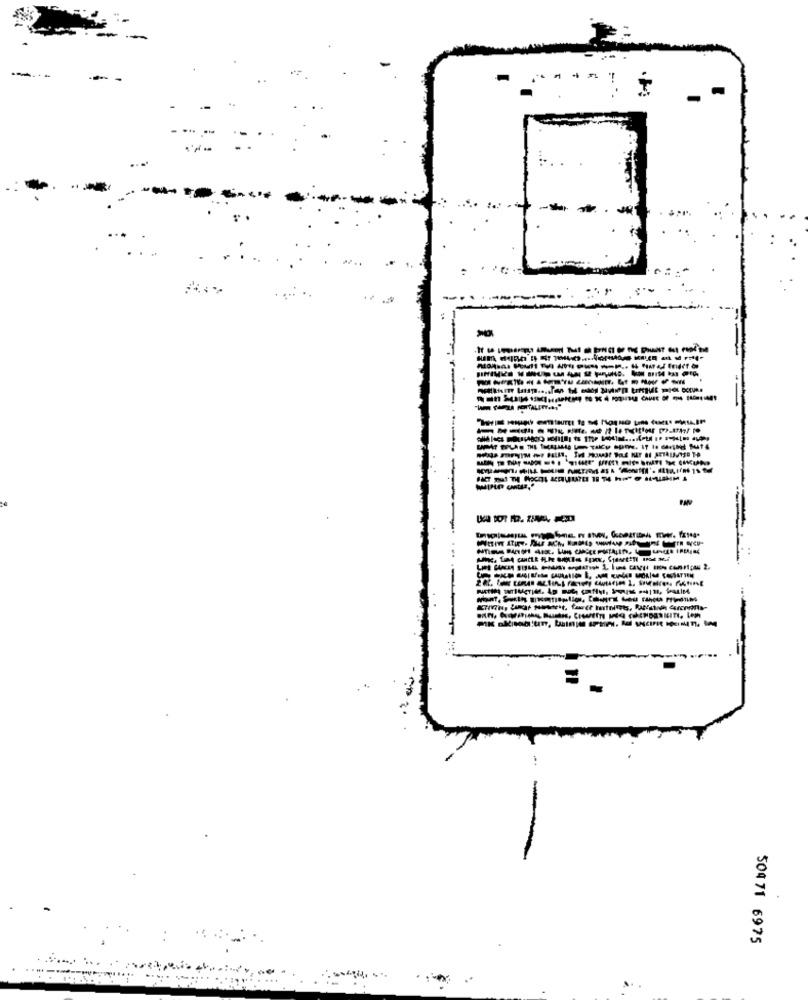
-------------
..
-
504 71 6975